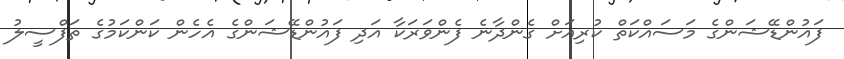
ފައުންޑޭޝަންގެ މަސައްކަތް ކުރިއަށް ގެންދާނެ ފެންވަރަކާ އަދި ފައުންޑޭޝަންގެ އެހެން ކަންކަމުގެ ތަފްސީލު